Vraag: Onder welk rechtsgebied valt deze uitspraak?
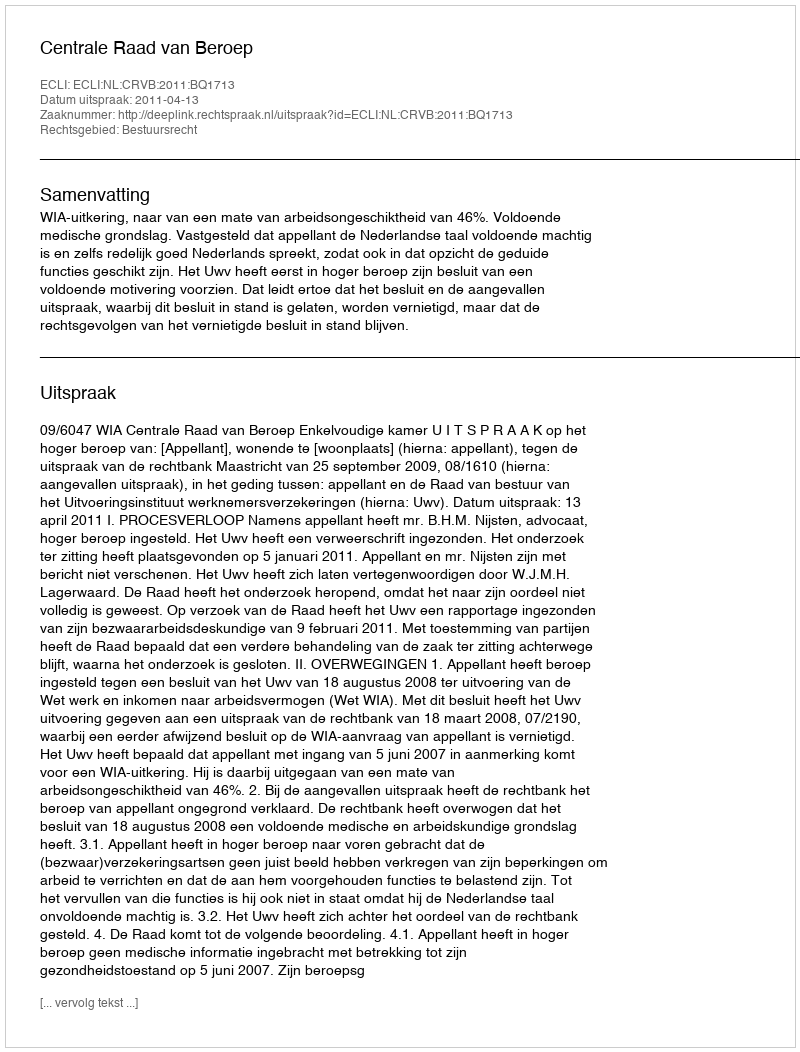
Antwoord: Bestuursrecht